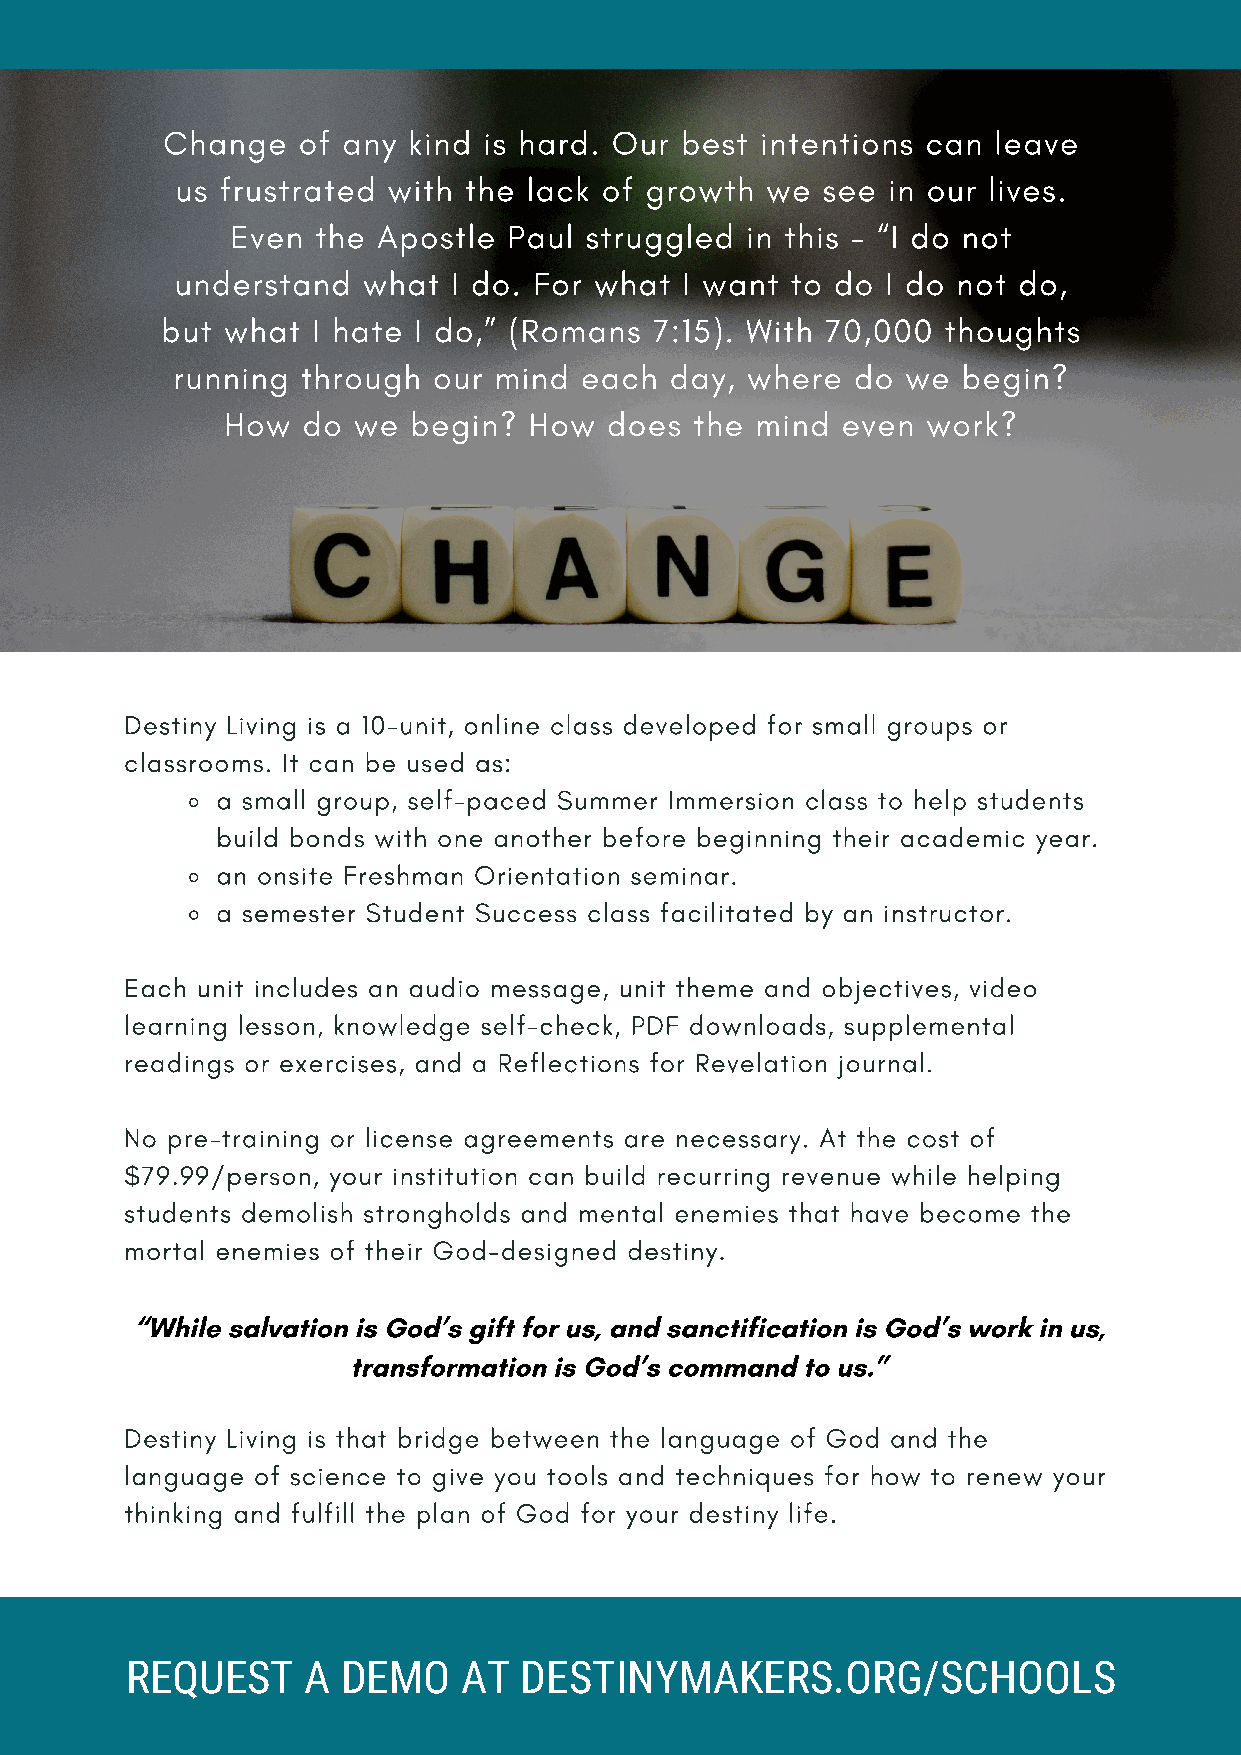
Change   of any kind is hard. Our best intentions can  leave
 us frustrated with the lack of growth  we see  in our lives.
 Even  the Apostle  Paul struggled in this - “I do not
 understand  what  I do. For what I want to do  I do not do,
 but what  I hate I do,” (Romans 7:15). With 70,000  thoughts
 running  through  our mind each  day, where   do we  begin?
 How  do we  begin?  How  does  the mind  even work?
 Destiny Living is a 10-unit, online class developed for small groups or
 classrooms. It can be used as:
 a small group, self-paced Summer Immersion class to help students
 build bonds with one another before beginning their academic year.
 an onsite Freshman Orientation seminar.
 a semester Student Success class facilitated by an instructor.
 Each unit includes an audio message, unit theme and objectives, video
 learning lesson, knowledge self-check, PDF downloads, supplemental
 readings or exercises, and a Reflections for Revelation journal.
 No pre-training or license agreements are necessary. At the cost of
 $79.99/person, your institution can build recurring revenue while helping
 students demolish strongholds and mental enemies that have become the
 mortal enemies of their God-designed destiny.
 “While salvation is God’s gift for us, and sanctification is God’s work in us,
 transformation is God’s command to us.”
 Destiny Living is that bridge between the language of God and the
 language of science to give you tools and techniques for how to renew your
 thinking and fulfill the plan of God for your destiny life.
 REQUEST     A  DEMO   AT  DESTINYMAKERS.ORG/SCHOOLS